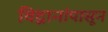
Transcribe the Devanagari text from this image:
विद्वानांपासून